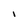
Character: I